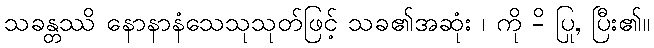
သခန္တဿိ နောနာနံသေသုသုတ်ဖြင့် သခ၏အဆုံး ၊ ကို -ိ ပြု, ပြီး၏။